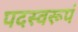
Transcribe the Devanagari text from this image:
पदस्वरूपं